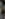
: